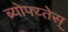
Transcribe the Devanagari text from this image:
ब्र्योफ्य्तेस्